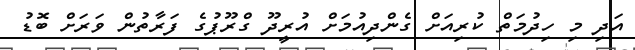
އަދި މި ހިދުމަތް ކުރިއަށް ގެންދިއުމަށް އުރީދޫ ގްރޫޕުގެ ފަރާތުން ވަރަށް ބޮޑު